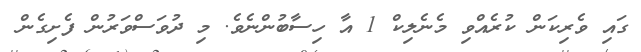
ގައި ވެރިކަން ކުރެއްވި މެނެލިކް 1 އާ ހިސާބުންނެވެ. މި ދުވަސްވަރުން ފެށިގެން